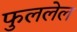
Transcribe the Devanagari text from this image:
फुललेल